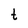
Character: t